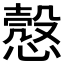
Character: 𢡱